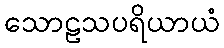
သောဠသပရိယာယံ